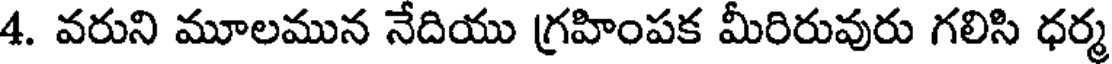
4. వరుని మూలమున నేదియు గ్రహింపక మీరిరువురు గలిసి ధర్మ